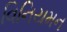
વિનિયમન